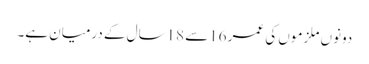
دونوں ملزموں کی عمر 16سے 18سال کے درمیان ہے۔